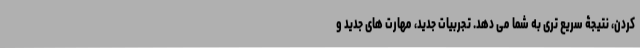
کردن، نتیجۀ سریع تری به شما می دهد. تجربیات جدید، مهارت های جدید و